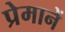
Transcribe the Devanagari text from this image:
प्रेमानें